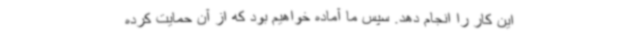
این کار را انجام دهد. سپس ما آماده خواهیم بود که از آن حمایت کرده